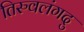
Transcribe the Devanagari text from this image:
तिरुवलंगदु